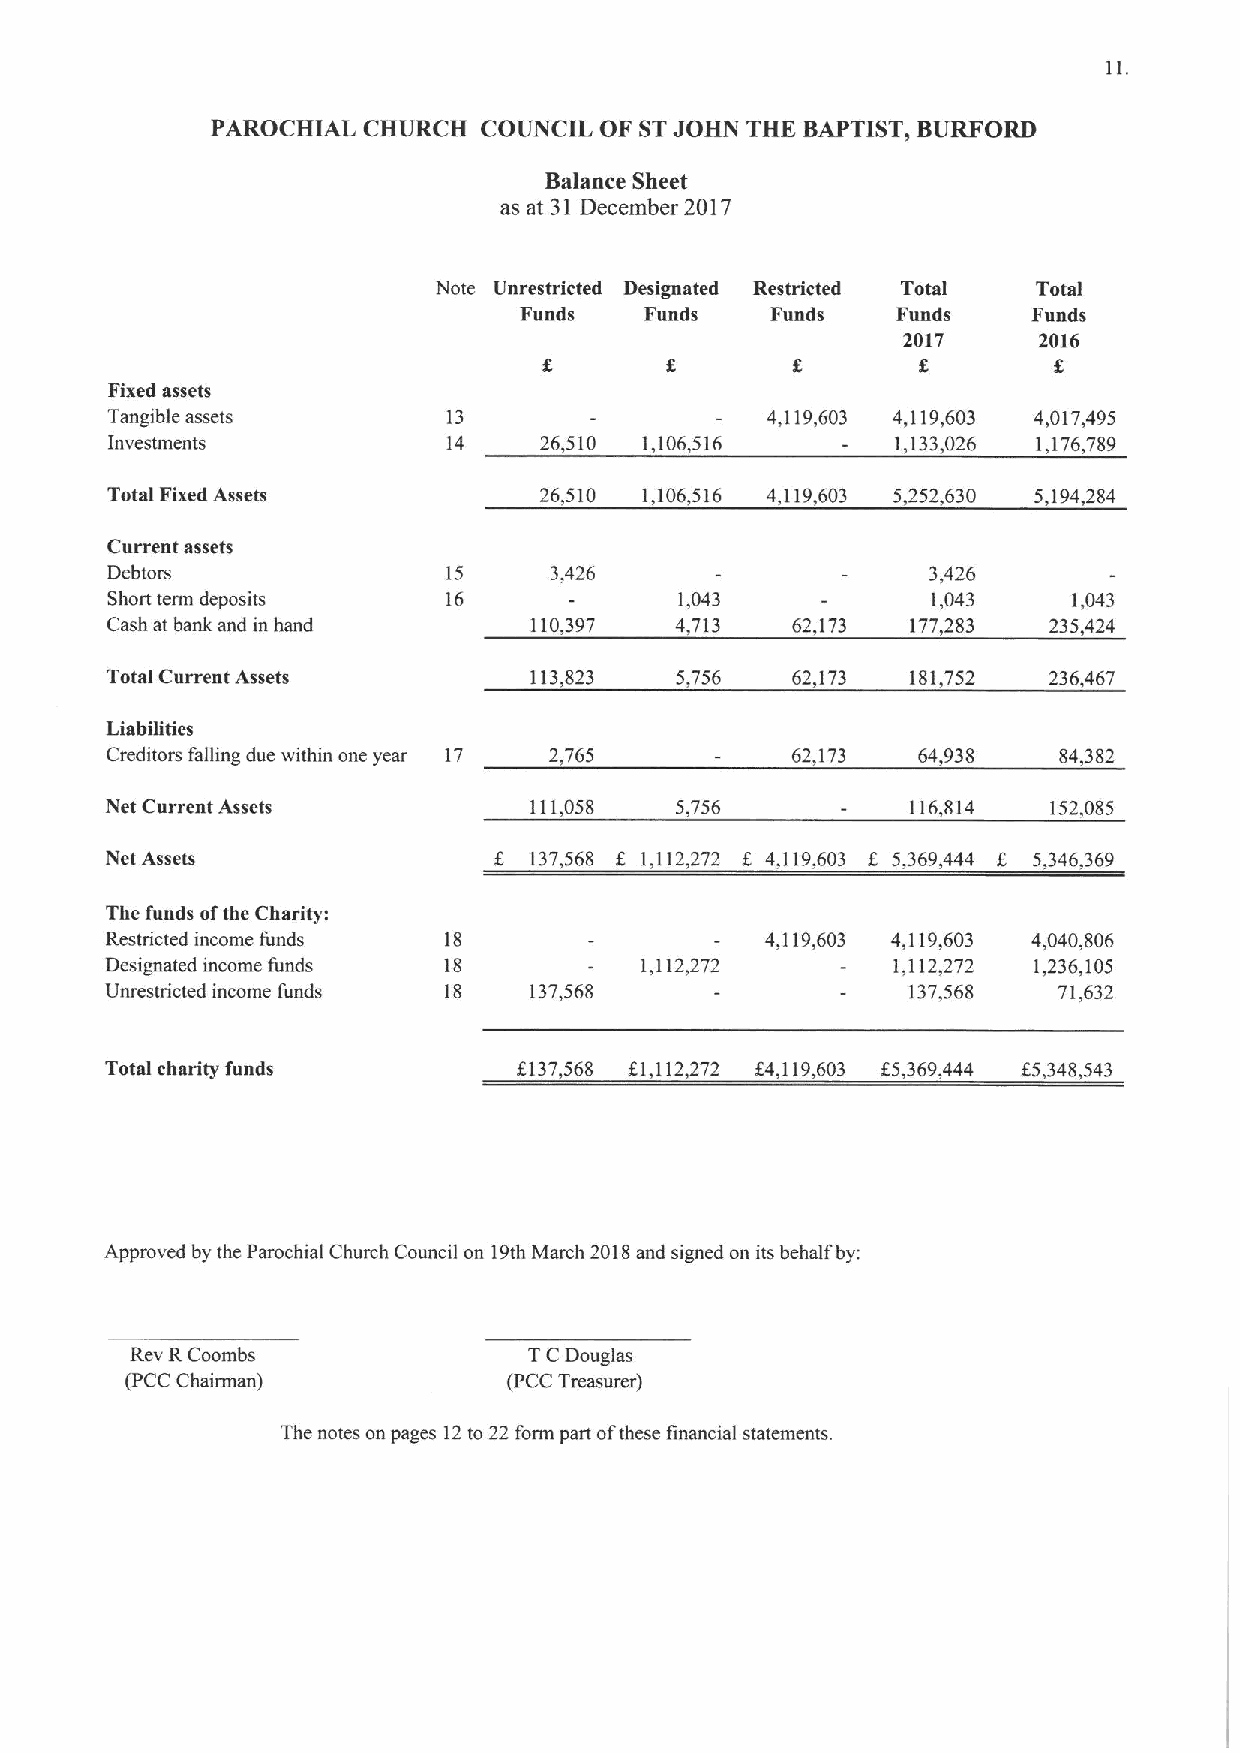
PAROCHIAL CHURCH  COUNCIL OF STJOHN THE BAPTIST, BURFORD
 Balance Sheet
 as at 31 December 2017
 Note Unrestricted Designated Restricted Total Total
 Funds    Funds   Funds   Funds    Funds
 2017     2016
 f
 Fixed assets
 Tangible assets        13                   4,119,603 4,119,603 4,017,495
 Investments            14    26,510 1,106,516       1,133,026 1,176,789
 Total Fixed Assets           26,510 1,106,516 4,119,603 5,252,630 5,194,284
 Current assets
 Debtors                15    3,426                     3,426
 Short term deposits   16              1,043            1,043    1,043
 Cash at bank and in hand    110,397   4,713  62,173  177,283  235,424
 Total Current Assets        113,823   5,756  62,173  181,752  236,467
 LiabiTities
 Creditors falling due within one year 17 2,765 62,173 64,938   84,382
 Net Current Assets          111,058   5,756          116,814   152,085
 Net Assets                8 137,568 I 1,112,272 f 4,119,603 K 5,369,444 8 5,346,369
 The funds ofthe Charity:
 Restricted income funds 18                  4,119,603 4,119,603 4,040,806
 Designated income funds 18         1,112,272        1,112,272 1,236,105
 Unrestricted income funds 18 137,568                 137,568   71,632
 Total charity funds        8137,568 K1,112,272 $4,119,603 K5,369,444 K5,348,543
 Approved by the Parochial Church Council on 19thMarch 2018and signed on its behalf by:
 Rev RCoombs               TCDouglas
 (PCC Chairman)            (PCC Treasurer)
 The notes on pages 12to 22 form part ofthese financial statements.